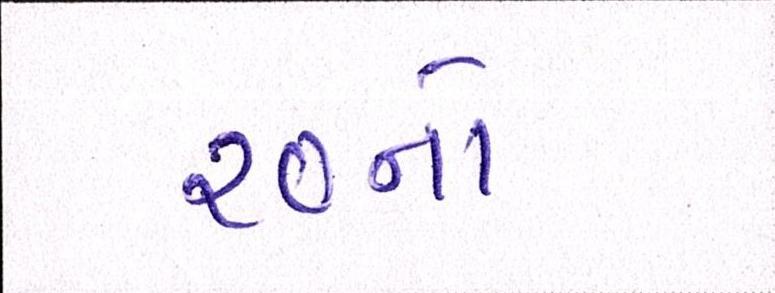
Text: ૨૦નો